Scientific memoirs by medical officers of the Army of India - Part IX,
Year: 1895
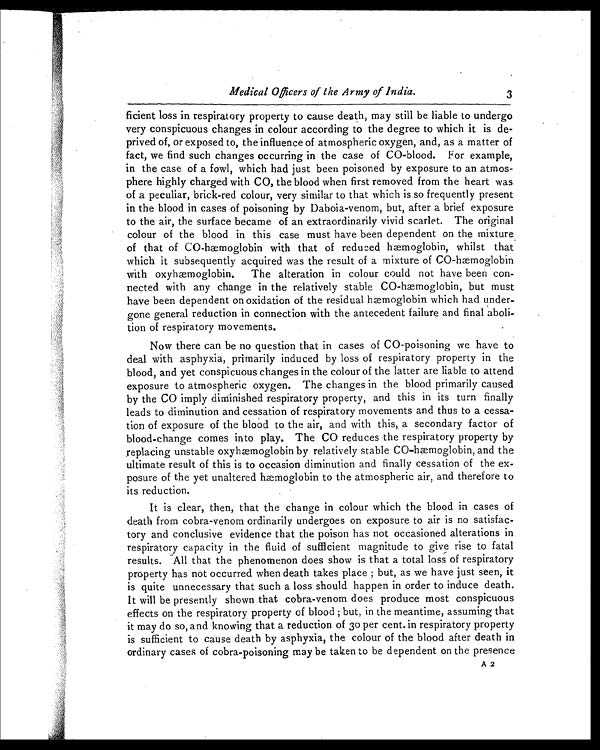
Medical Officers of the Army of India.
3
ficient loss in respiratory property to cause death, may still be liable to undergo
very conspicuous changes in colour according to the degree to which it is de
-prived of, or exposed to, the influence of atmospheric oxygen, and, as a matter of
fact, we find such changes occurring in the case of CO-blood. For example,
in the case of a fowl, which had just been poisoned by exposure to an atmos
-phere highly charged with CO, the blood when first removed from the heart was
of a peculiar, brick-red colour, very similar to that which is so frequently present
in the blood in cases of poisoning by Daboia-venom, but, after a brief exposure
to the air, the surface became of an extraordinarily vivid scarlet. The original
colour of the blood in this case must have been dependent on the mixture
of that of CO-hæmoglobin with that of reduced hæmoglobin, whilst that
which it subsequently acquired was the result of a mixture of CO-hæmoglobin
with oxyhæmoglobin. The alteration in colour could not have been con
-nected with any change in the relatively stable CO-hæmoglobin, but must
have been dependent on oxidation of the residual hæmoglobin which had under
-gone general reduction in connection with the antecedent failure and final aboli
-tion of respiratory movements.
Now there can be no question that in cases of CO-poisoning we have to
deal with asphyxia, primarily induced by loss of respiratory property in the
blood, and yet conspicuous changes in the colour of the latter are liable to attend
exposure to atmospheric oxygen. The changes in the blood primarily caused
by the CO imply diminished respiratory property, and this in its turn finally
leads to diminution and cessation of respiratory movements and thus to a cessa
-tion of exposure of the blood to the air, and with this, a secondary factor of
blood-change comes into play, The CO reduces the respiratory property by
replacing unstable oxyhæmoglobin by relatively stable CO-hæmoglobin, and the
ultimate result of this is to occasion diminution and finally cessation of the ex
-posure of the yet unaltered hæmoglobin to the atmospheric air, and therefore to
its reduction.
It is clear, then, that the change in colour which the blood in cases of
death from cobra-venom ordinarily undergoes on exposure to air is no satisfac
-tory and conclusive evidence that the poison has not occasioned alterations in
respiratory capacity in the fluid of sufficient magnitude to give rise to fatal
results. All that the phenomenon does show is that a total loss of respiratory
property has not occurred when death takes place ; but, as we have just seen, it
is quite unnecessary that such a loss should happen in order to induce death.
It will be presently shown that cobra-venom does produce most conspicuous
effects on the respiratory property of blood ; but, in the meantime, assuming that
it may do so, and knowing that a reduction of 30 per cent. in respiratory property
is sufficient to cause death by asphyxia, the colour of the blood after death in
ordinary cases of cobra-poisoning may be taken to be dependent on the presence
A 2